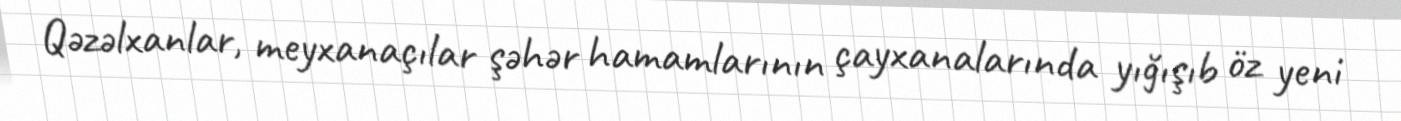
Qəzəlxanlar, meyxanaçılar şəhər hamamlarının çayxanalarında yığışıb öz yeni